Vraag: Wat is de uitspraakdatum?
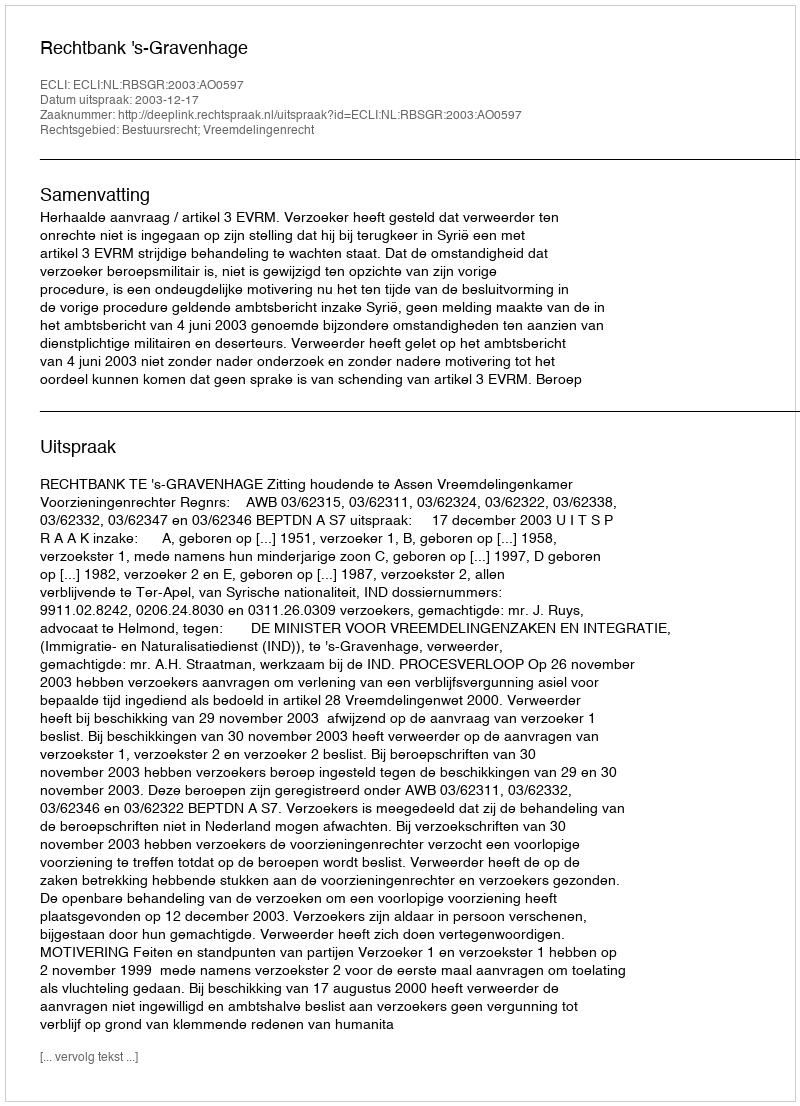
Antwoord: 2003-12-17